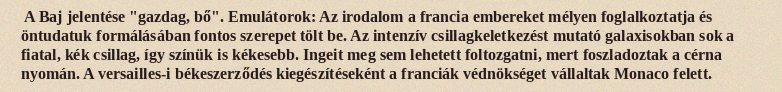
A Baj jelentése "gazdag, bő". Emulátorok: Az irodalom a francia embereket mélyen foglalkoztatja és öntudatuk formálásában fontos szerepet tölt be. Az intenzív csillagkeletkezést mutató galaxisokban sok a fiatal, kék csillag, így színük is kékesebb. Ingeit meg sem lehetett foltozgatni, mert foszladoztak a cérna nyomán. A versailles-i békeszerződés kiegészítéseként a franciák védnökséget vállaltak Monaco felett.